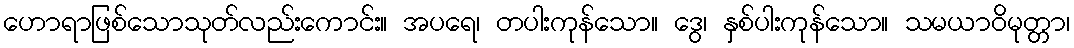
ဟောရာဖြစ်သောသုတ်လည်းကောင်း။ အပရေ၊ တပါးကုန်သော။ ဒွေ၊ နှစ်ပါးကုန်သော။ သမယာဝိမုတ္တာ၊